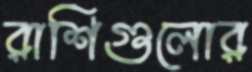
রাশিগুলোর